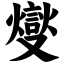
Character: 燮